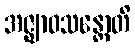
အဇ္ဈာဝသန္တောတိ